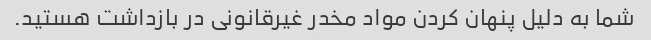
شما به دلیل پنهان کردن مواد مخدر غیرقانونی در بازداشت هستید.